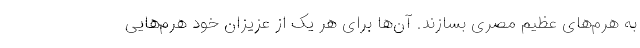
به هرم‌های عظیم مصری بسازند. آن‌ها برای هر یک از عزیزان خود هرم‌هایی